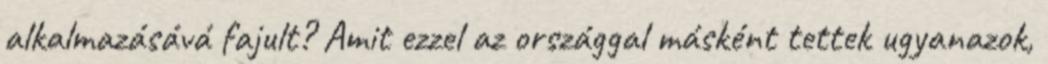
alkalmazásává fajult? Amit ezzel az országgal másként tettek ugyanazok,